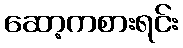
ဆော့ကစားရင်း